65_HS1-834228961_62-HQ-83894_Section_10
Agency: FBI
Page 164
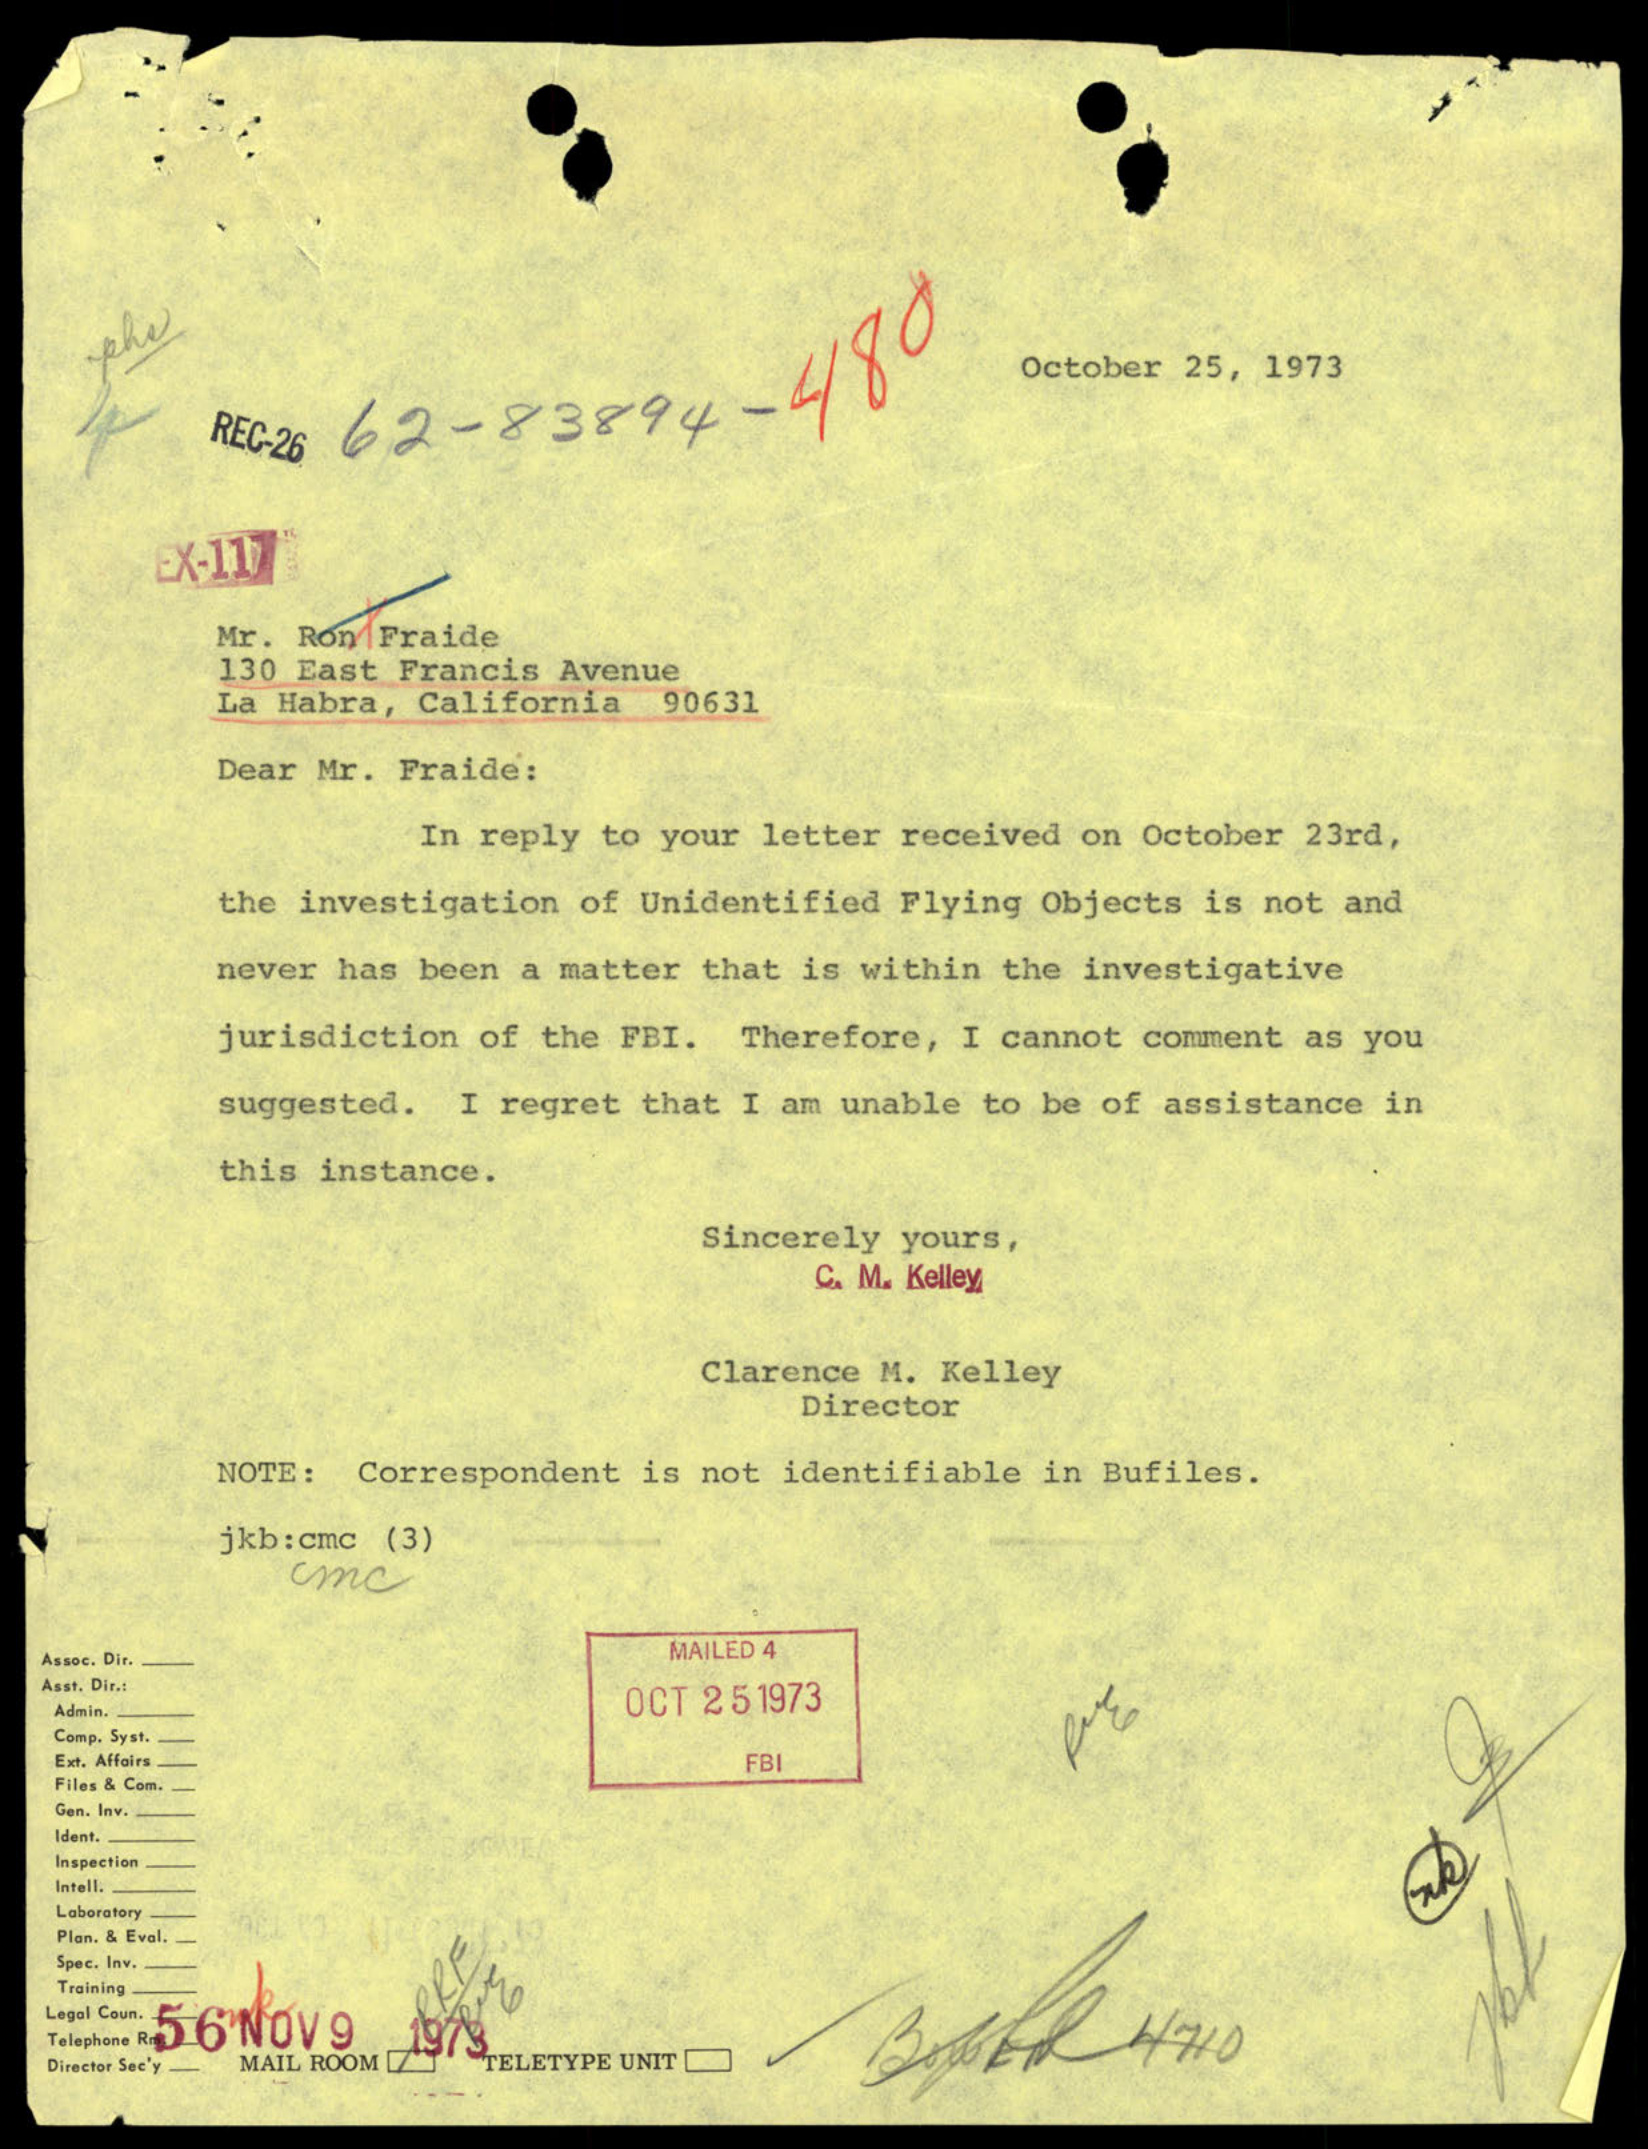